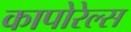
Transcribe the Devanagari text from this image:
कापोरेल्स